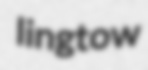
lingtow